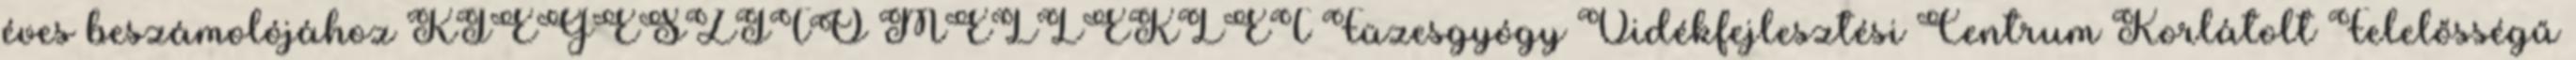
éves beszámolójához KIEGÉSZÍTŐ MELLÉKLET Füzesgyógy Vidékfejlesztési Centrum Korlátolt Felelősségű